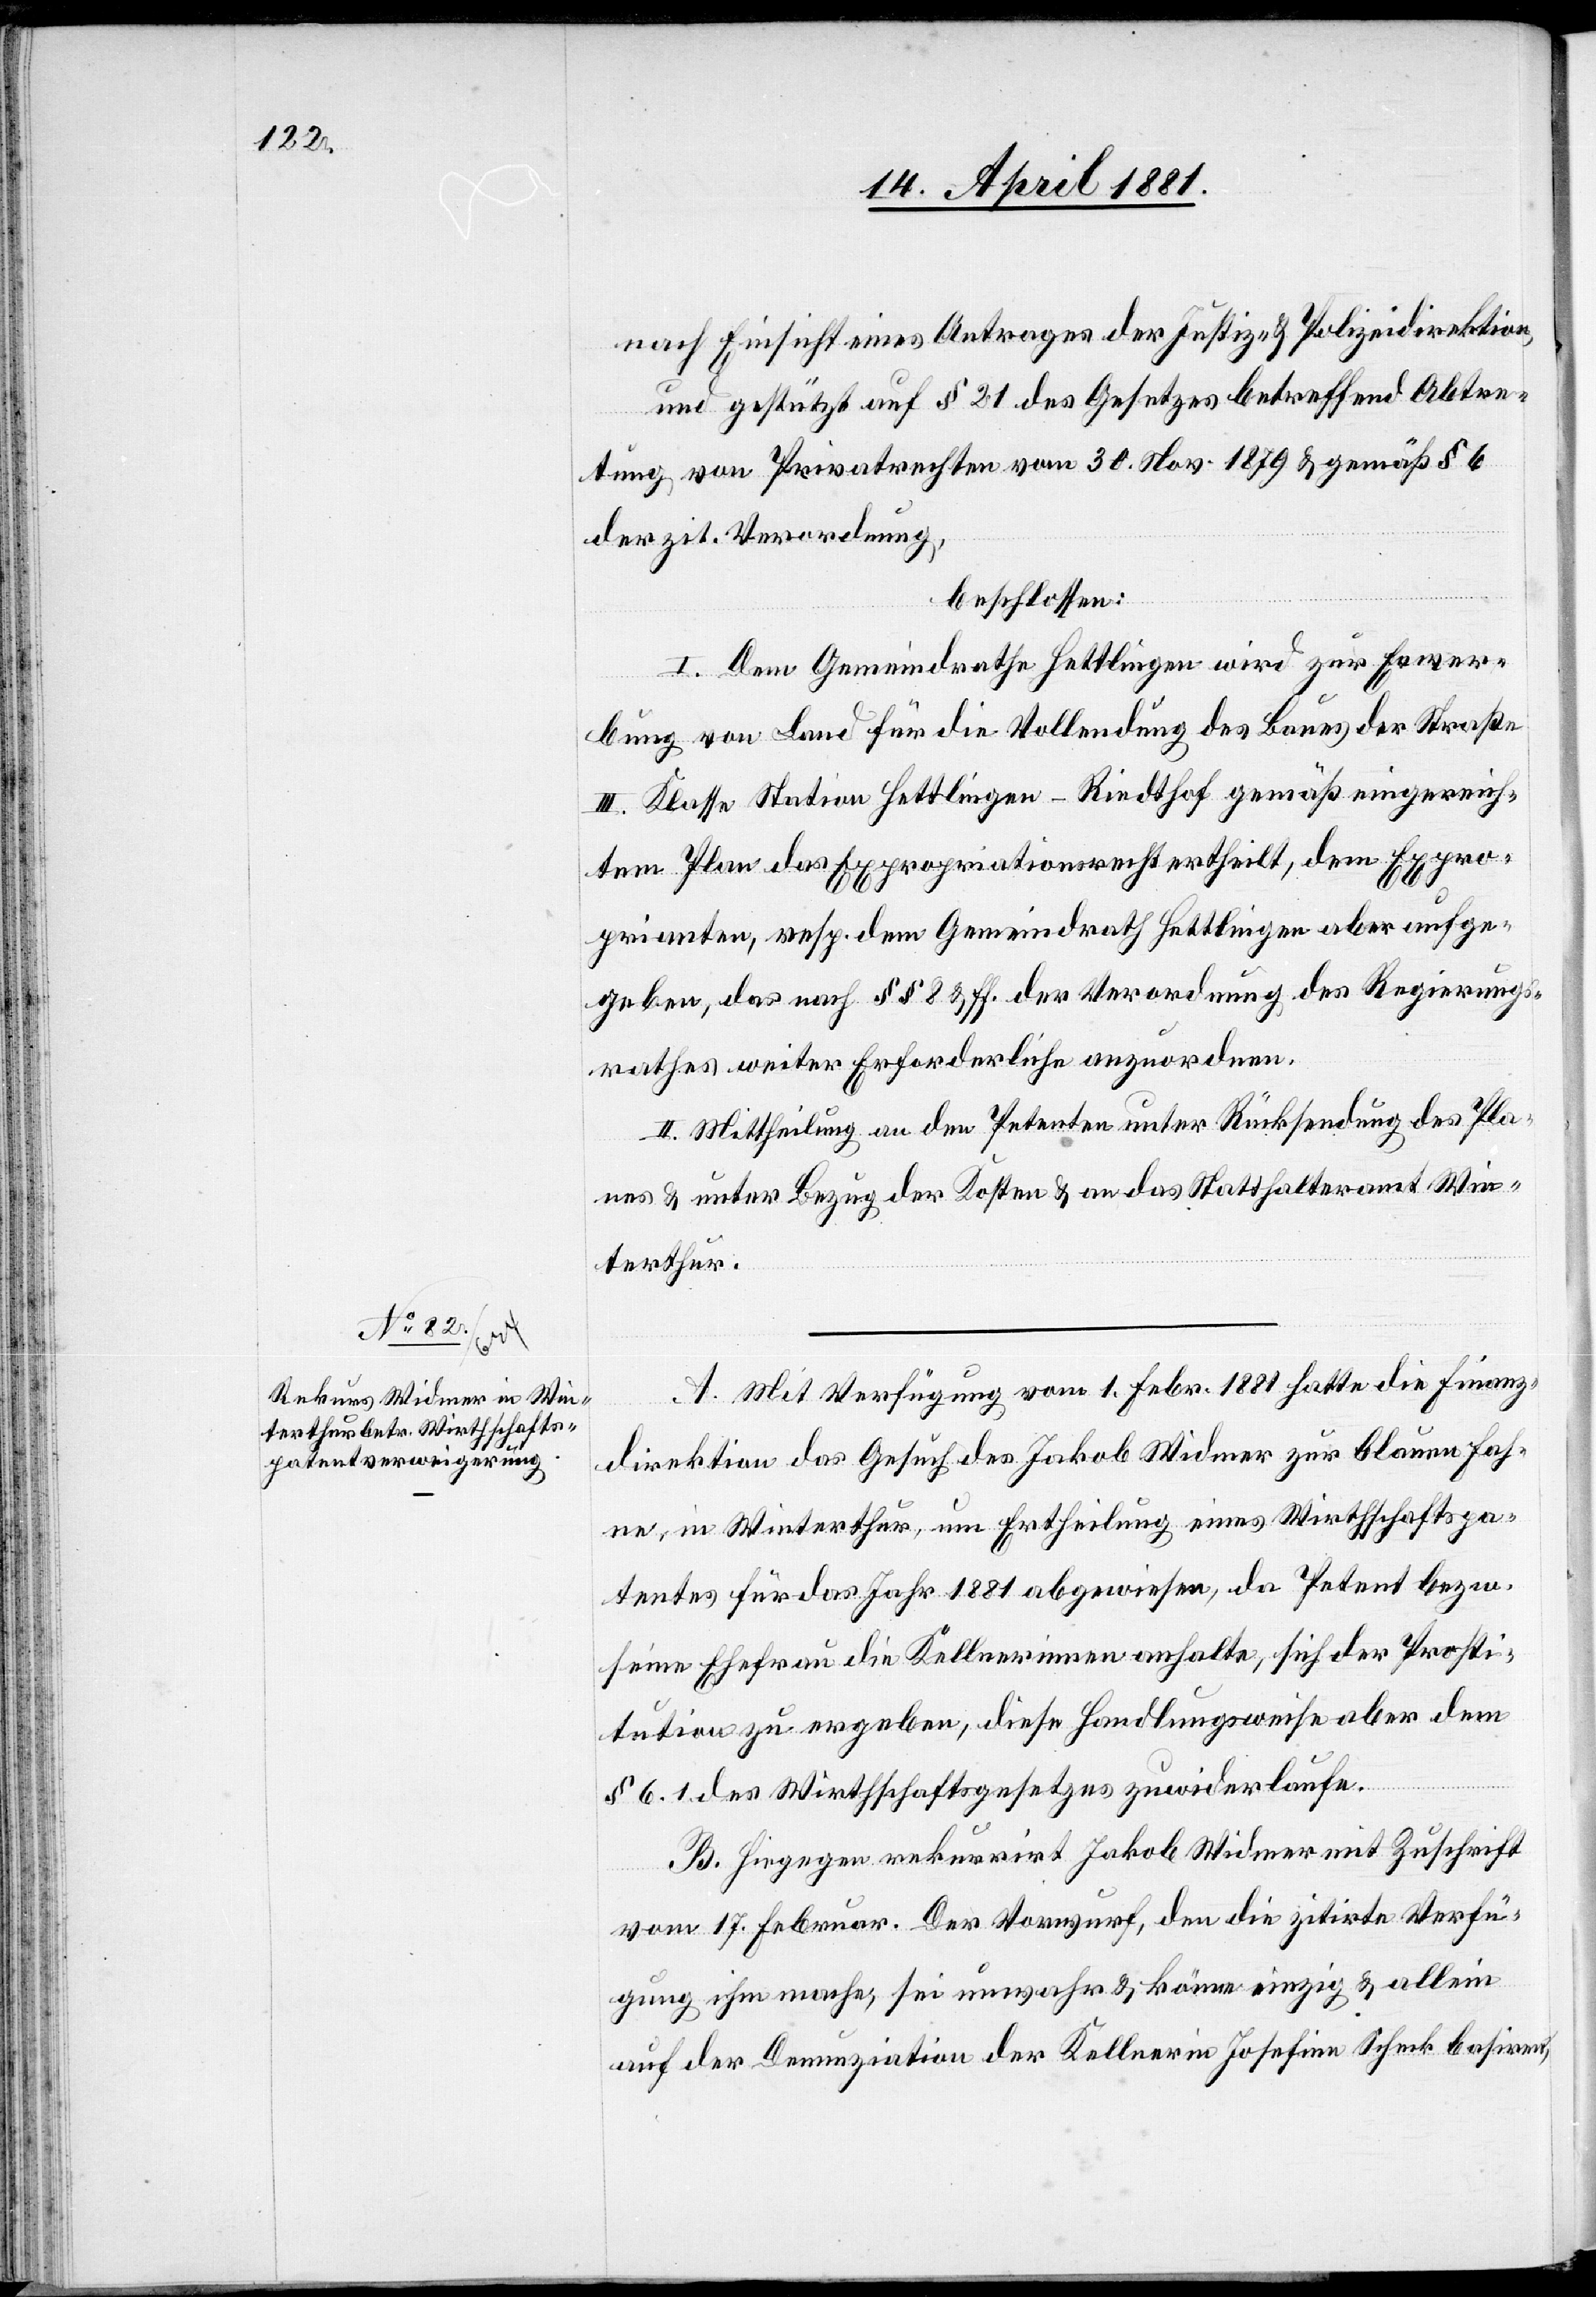
nach Einsicht eines Antrages der Justiz- & Polizeidirektion,
und gestützt auf § 21 des Gesetzes betreffend Abtre¬
tung von Privatrechten vom 30. Nov. 1879 & gemäß § 6
der zit. Verordnung,
beschlossen:
I. Dem Gemeindrath Hettlingen wird zur Erwer¬
bung von Land für die Vollendung des Baues der Straße
III. Klasse Station Hettlingen–Riedthof gemäß eingereich¬
tem Plan das Expropriationsrecht ertheilt, dem Expro¬
prienten, resp. dem Gemeindrath Hettlingen aber aufge¬
geben, das nach §§ 8 & ff. der Verordnung des Regierungs¬
rathes weiter Erforderliche anzuordnen.
II. Mittheilung an den Petenten unter Rücksendung des Pla¬
nes & unter Bezug der Kosten & an das Statthalteramt Win¬
terthur.
A. Mit Verfügung vom 1. Febr. 1881 hatte die Finanz¬
direktion das Gesuch des Jakob Widmer zur blauen Fah¬
ne, in Winterthur, um Ertheilung eines Wirtschaftspa¬
tentes für das Jahr 1881 abgewiesen, da Petent bezw.
seine Ehefrau die Kellnerinnen anhalte, sich der Prosti¬
tution zu ergeben, diese Handlungsweise aber dem
§ 6.1 des Wirthschaftsgesetzes zuwiderlaufe.
B. Hiegegen rekurrirt Jakob Widmer mit Zuschrift
vom 17. Februar. Der Vorwurf, den die zitirte Verfü¬
gung ihm mache, sei unwahr & könne einzig & allein
auf der Denunziation der Kellnerin Josefine Scheck basiren,